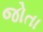
જોતા